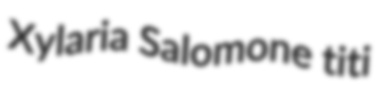
Xylaria Salomone titi